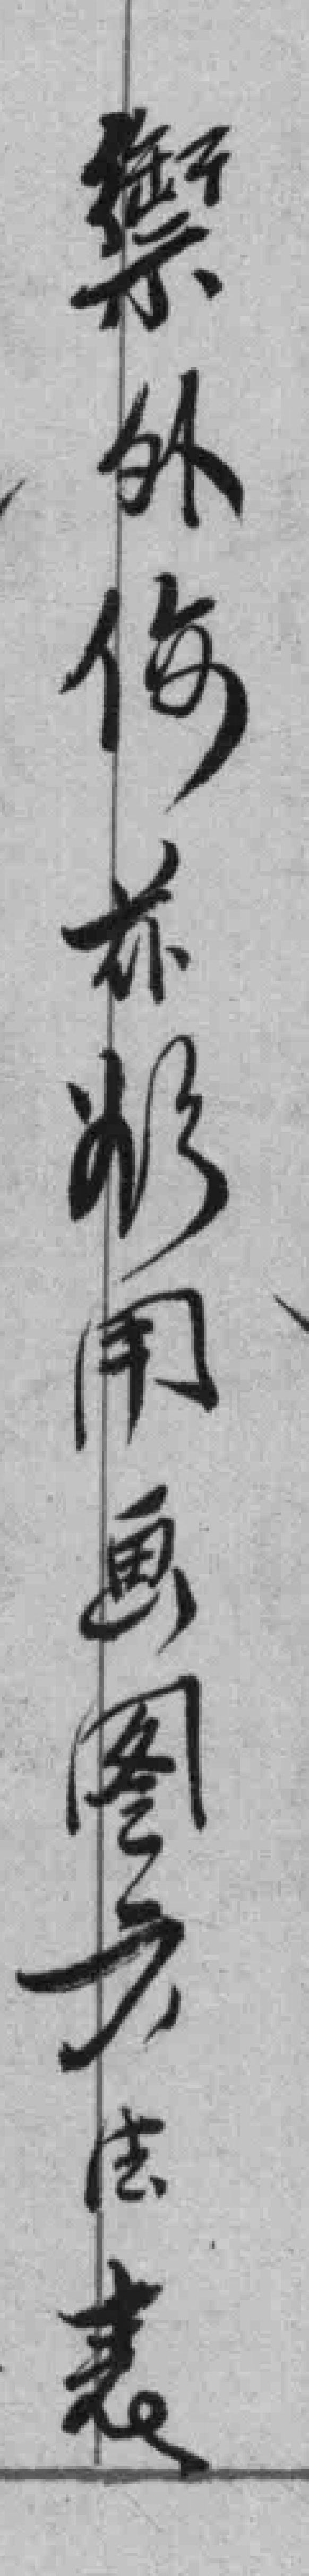
禦外侮亦將用畫圖方法表